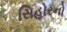
સિહોરનો